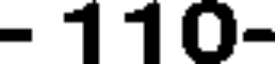
- 110-